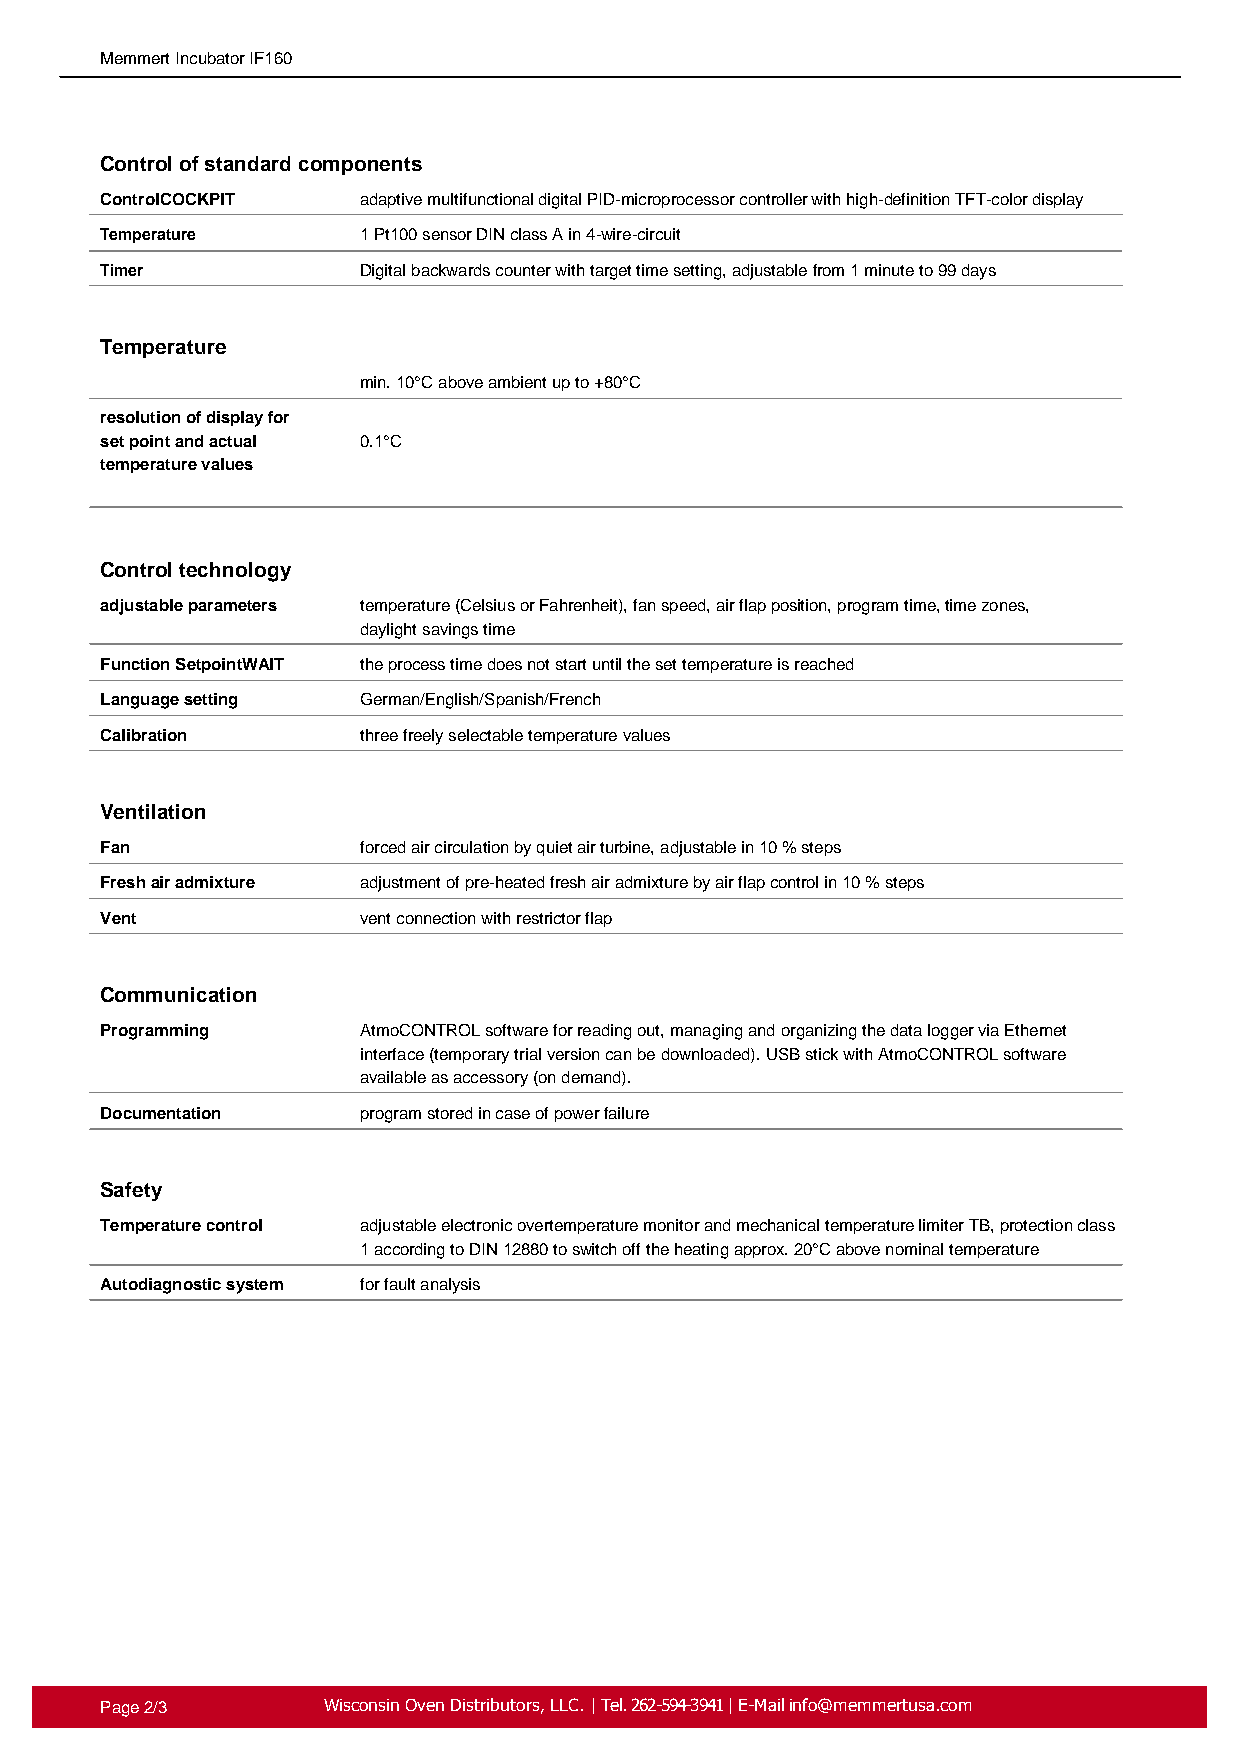
Memmert Incubator IF160
 Control of standard components
 ControlCOCKPIT   adaptive multifunctional digital PID-microprocessor controller with high-definition TFT-color display
 Temperature      1 Pt100 sensor DIN class A in 4-wire-circuit
 Timer            Digital backwards counter with target time setting, adjustable from 1 minute to 99 days
 Temperature
 min. 10°C above ambient up to +80°C
 resolution of display for
 set point and actual 0.1°C
 temperature values
 Control technology
 adjustable parameters temperature (Celsius or Fahrenheit), fan speed, air flap position, program time, time zones,
 daylight savings time
 Function SetpointWAIT the process time does not start until the set temperature is reached
 Language setting German/English/Spanish/French
 Calibration      three freely selectable temperature values
 Ventilation
 Fan              forced air circulation by quiet air turbine, adjustable in 10 % steps
 Fresh air admixture adjustment of pre-heated fresh air admixture by air flap control in 10 % steps
 Vent             vent connection with restrictor flap
 Communication
 Programming      AtmoCONTROL software for reading out, managing and organizing the data logger via Ethernet
 interface (temporary trial version can be downloaded). USB stick with AtmoCONTROL software
 available as accessory (on demand).
 Documentation    program stored in case of power failure
 Safety
 Temperature control adjustable electronic overtemperature monitor and mechanical temperature limiter TB, protection class
 1 according to DIN 12880 to switch off the heating approx. 20°C above nominal temperature
 Autodiagnostic system for fault analysis
 Page 2/3      Wisconsin Oven Distributors, LLC. | Tel. 262-594-3941 | E-Mail info@memmertusa.com